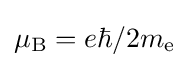
\mu _{\text{B}}=e\hbar /2m_{\text{e}}